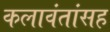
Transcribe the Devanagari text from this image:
कलावंतांसह